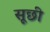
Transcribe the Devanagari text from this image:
सूछी